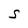
Character: S